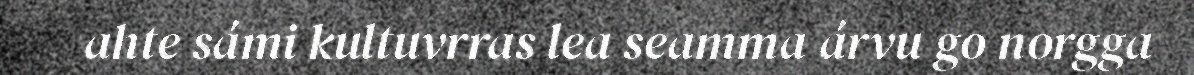
ahte sámi kultuvrras lea seamma árvu go norgga